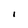
Character: I